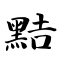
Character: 黠